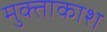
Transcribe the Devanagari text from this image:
मुक्ताकाश